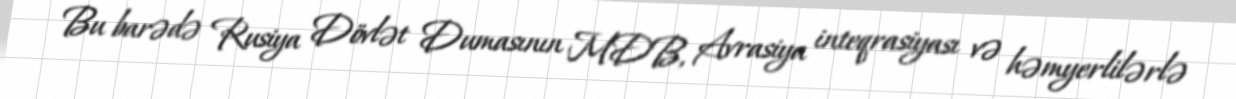
Bu barədə Rusiya Dövlət Dumasının MDB, Avrasiya inteqrasiyası və həmyerlilərlə